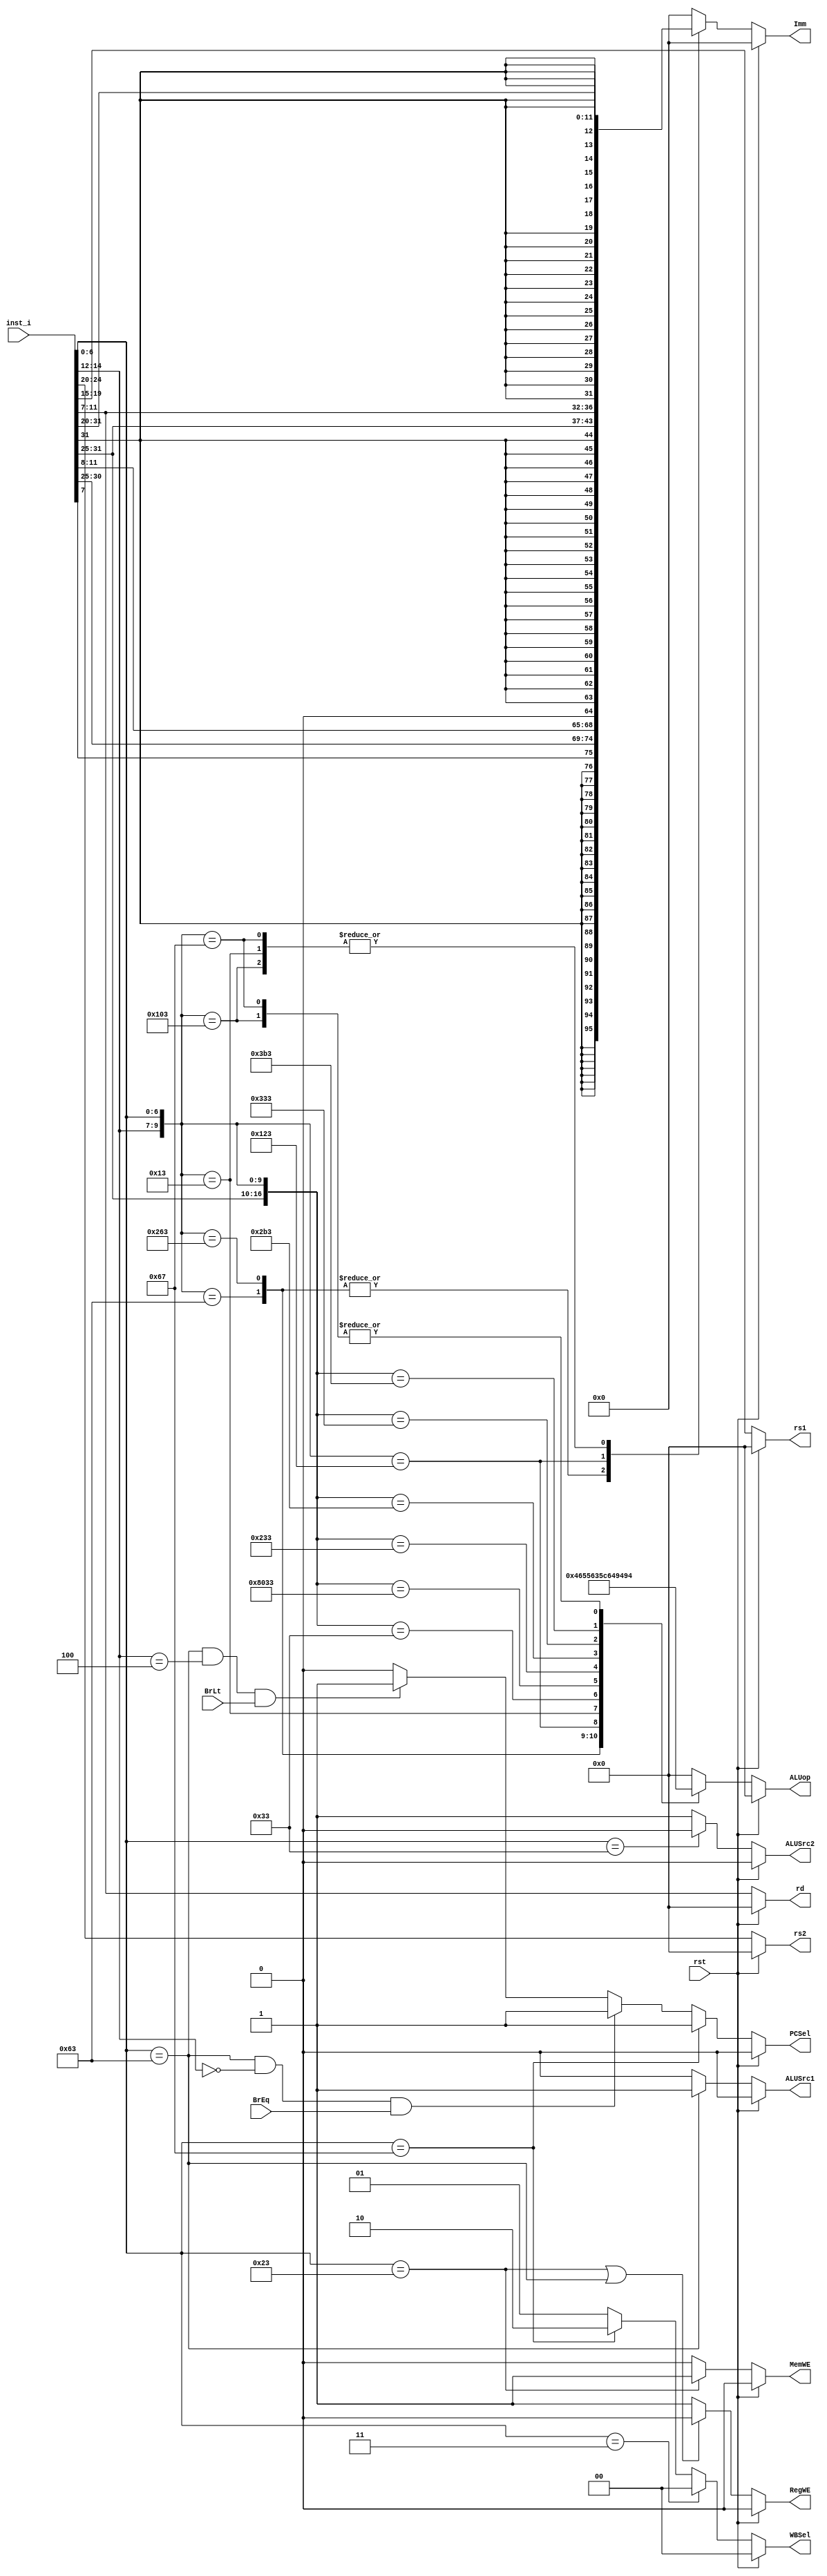
module ID (
    input wire rst,
    input wire[31:0] inst_i,
    input wire BrEq, BrLt,
    output reg PCSel, ALUSrc1, ALUSrc2, RegWE, MemWE,
    output reg[1:0] WBSel,
    output reg[31:0] Imm,
    output reg[4:0]  ALUop,
    output reg[4:0] rs1, rs2, rd
);

wire[31:0] imm_I = {{21{inst_i[31:31]}}, inst_i[30:20]};
wire[31:0] imm_B = {{20{inst_i[31:31]}}, inst_i[ 7: 7], inst_i[30:25], inst_i[11:8], 1'b0};
wire[31:0] imm_S = {{21{inst_i[31:31]}}, inst_i[30:25], inst_i[11:7]};

always @ (*) begin
    if (rst)
        PCSel = 1'b0;
    else if (inst_i[6:0] == 7'b1100111) // jarl
        PCSel = 1'b1;
    else if (inst_i[6:0] == 7'b1100011 && inst_i[14:12]  == 3'b000 && BrEq)  // beq
        PCSel = 1'b1;
    else if (inst_i[6:0] == 7'b1100011 && inst_i[14:12]  == 3'b100 && BrLt )  // blt
        PCSel = 1'b1;
    else
        PCSel = 1'b0;
end


always @ (*) begin
    if (rst)
        ALUSrc1 = 1'b0;
    else if (inst_i[6:0] == 7'b1100011)  //  beq & blt
        ALUSrc1 = 1'b1;
    else
        ALUSrc1 = 1'b0;
end

always @ (*) begin
    if (rst)
        ALUSrc2 = 1'b0;
    else if (inst_i[6:0] == 7'b0110011)  // R-type
        ALUSrc2 = 1'b0;
    else
        ALUSrc2 = 1'b1;
end

always @ (*) begin
    if (rst)
       RegWE = 1'b0;
    else if (inst_i[6:0] == 7'b0100011 || inst_i[6:0] == 7'b1100011) // S-type and B-type
       RegWE = 1'b0;
    else
       RegWE = 1'b1;
end

always @ (*) begin
    if (rst)
       MemWE = 1'b0;
    else if (inst_i[6:0] == 7'b0100011) // Store Instruction
       MemWE = 1'b1;
    else
       MemWE = 1'b0;
end

always @ (*) begin
    if (rst)
       WBSel = 2'b0;
    else if (inst_i[6:0] == 7'b0000011) //lw
       WBSel = 2'b00;
    else if (inst_i[6:0] == 7'b1100111) //jalr 
       WBSel = 2'b10;
    else //R-type, addi, output from alu
       WBSel = 2'b01;    
end

always @ (*) begin
    if (rst)
        ALUop = 5'b0;
    else begin
        casex (inst_i)

            32'bxxxxxxxxxxxxxxxxx000xxxxx1100011: ALUop = 5'b10001;  // beq
            32'bxxxxxxxxxxxxxxxxx100xxxxx1100011: ALUop = 5'b10010;  // blt
            32'bxxxxxxxxxxxxxxxxx010xxxxx0000011: ALUop = 5'b10100;  // lw
            32'bxxxxxxxxxxxxxxxxx010xxxxx0100011: ALUop = 5'b10101;  // sw
            32'bxxxxxxxxxxxxxxxxx000xxxxx0010011: ALUop = 5'b01100;  // addi
            32'b0000000xxxxxxxxxx000xxxxx0110011: ALUop = 5'b01101;  // add
            32'b0100000xxxxxxxxxx000xxxxx0110011: ALUop = 5'b01110;  // sub
            32'b0000000xxxxxxxxxx100xxxxx0110011: ALUop = 5'b00110;  // xor
            32'b0000000xxxxxxxxxx101xxxxx0110011: ALUop = 5'b01001;  // srl
            32'b0000000xxxxxxxxxx110xxxxx0110011: ALUop = 5'b00101;  // or
            32'b0000000xxxxxxxxxx111xxxxx0110011: ALUop = 5'b00100;  // and
            32'bxxxxxxxxxxxxxxxxx000xxxxx1100111: ALUop = 5'b10100;  // jalr
            default: ALUop = 5'b0;
        endcase
    end
end

always @ (*) begin
    if (rst)
        Imm = 32'b0;
    else begin
        casex (inst_i)
            32'bxxxxxxxxxxxxxxxxx000xxxxx1100011: Imm = imm_B;  // beq
            32'bxxxxxxxxxxxxxxxxx100xxxxx1100011: Imm = imm_B;  // blt
            32'bxxxxxxxxxxxxxxxxx010xxxxx0000011: Imm = imm_I;  // lw
            32'bxxxxxxxxxxxxxxxxx010xxxxx0100011: Imm = imm_S;  // sw
            32'bxxxxxxxxxxxxxxxxx000xxxxx0010011: Imm = imm_I;  // addi
            32'bxxxxxxxxxxxxxxxxx000xxxxx1100111: Imm = imm_I;  // jalr
            default: Imm = 32'b0;
        endcase
    end
end

always @ (*) begin
    if (rst)
        rd = 1'b0;
    else
        rd = inst_i[11:7];
end

always @ (*) begin
    if (rst)
        rs1 = 1'b0;
    else
        rs1 = inst_i[19:15];
end

always @ (*) begin
    if (rst)
        rs2 = 1'b0;
    else
        rs2 = inst_i[24:20];
end

endmodule